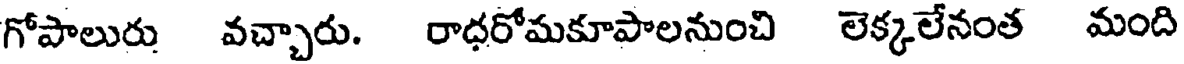
గోపాలురు వచ్చారు. రాధరోమకూపాలనుంచి లెక్కలేనంత మంది